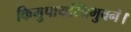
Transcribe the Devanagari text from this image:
किमुपायस्त्रिभुवनं।